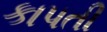
કાપતી